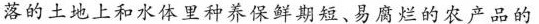
落的土地上和水体里种养保鲜期短、易腐烂的农产品的